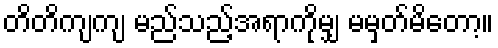
တိတိကျကျ မည်သည့်အရာကိုမျှ မမှတ်မိတော့။